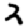
Digit: 2